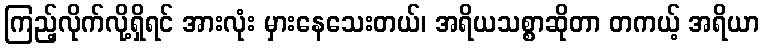
ကြည့်လိုက်လို့ရှိရင် အားလုံး မှားနေသေးတယ်၊ အရိယသစ္စာဆိုတာ တကယ့် အရိယာ